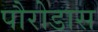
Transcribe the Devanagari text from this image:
पौरोडास